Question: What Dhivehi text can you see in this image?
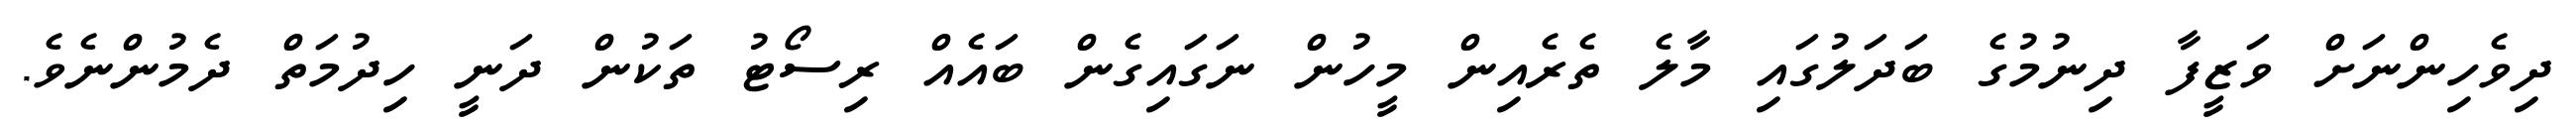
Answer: ދިވެހިންނަށް ވަޒީފާ ދިނުމުގެ ބަދަލުގައި މާލެ ތެރެއިން މީހުން ނަގައިގެން ބައެއް ރިސޯޓު ތަކުން ދަނީ ހިދުމަތް ދެމުންނެވެ.